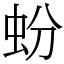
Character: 蚡